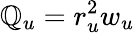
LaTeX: \mathbb{Q}_{u}=r_{u}^{2}w_{u}